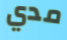
مدي